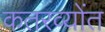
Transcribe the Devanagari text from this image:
कतरव्योंत